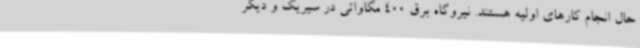
حال انجام کارهای اولیه هستند. نیروگاه برق 400 مگاواتی در سیریک و دیگر